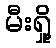
မီးရှို့